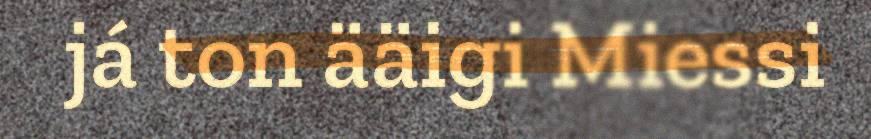
já ton ääigi Miessi